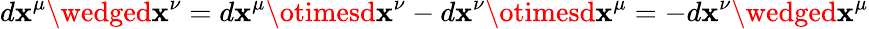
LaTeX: d\mathbf{x}^{\mu}\wedged\mathbf{x}^{\nu}=d\mathbf{x}^{\mu}\otimesd\mathbf{x}^{\nu}-d\mathbf{x}^{\nu}\otimesd\mathbf{x}^{\mu}=-d\mathbf{x}^{\nu}\wedged\mathbf{x}^{\mu}